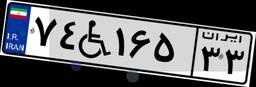
۷۴W۱۶۵۳۳